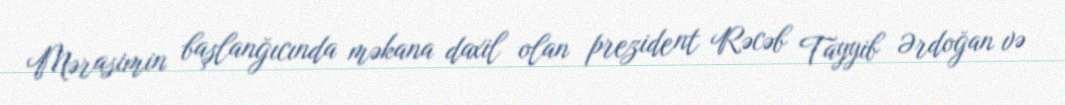
Mərasimin başlanğıcında məkana daxil olan prezident Rəcəb Tayyib Ərdoğan və